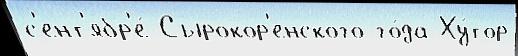
с'ент'ябр'е́ Сырокор'енского го́да Ху́тор